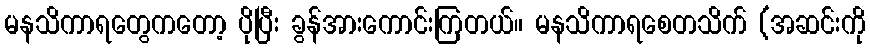
မနသိကာရတွေကတော့ ပိုပြီး ခွန်အားကောင်းကြတယ်။ မနသိကာရစေတသိက် (အဆင်းကို